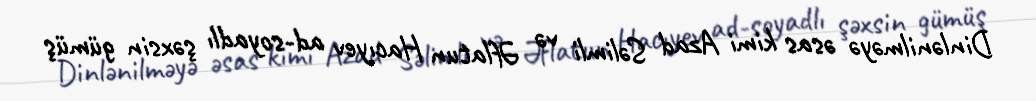
Dinlənilməyə əsas kimi Azad Səlimli və Əflatun Hacıyev ad-soyadlı şəxsin gümüş